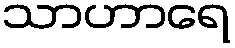
သာဟာရေ